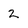
Character: 2